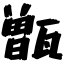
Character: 甑